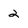
Character: 2